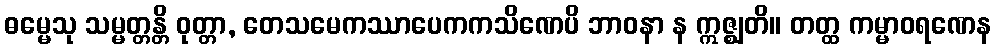
ဓမ္မေသု သမ္မတ္တန္တိ ဝုတ္တာ, တေသမေကဿာပေကကသိဏေပိ ဘာဝနာ န ဣဇ္ဈတိ။ တတ္ထ ကမ္မာဝရဏေန